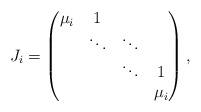
LaTeX: \begin{align*} J_i = \begin{pmatrix} \mu_i & 1 & \\ & \ddots & \ddots\\ & & \ddots & 1\\ & & & \mu_i \end{pmatrix}, \end{align*}